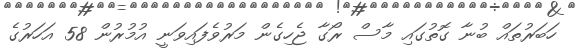
ހަބަރުތައް ބުނާ ގޮތުގައި މާސް ރޯގާ ޖެހިގެން މަރުވެފައިވަނީ އުމުރުން 58 އަހަރުގެ